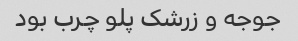
جوجه و زرشک پلو چرب بود